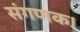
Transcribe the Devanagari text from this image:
संगणक।